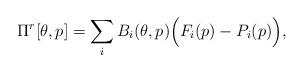
LaTeX: \begin{align*}\Pi^r[\theta,p] = \sum\limits_i B_i(\theta,p) \Big(F_i(p) - P_i(p)\Big),\end{align*}